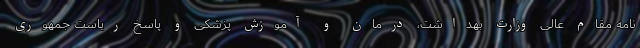
نامه مقام عالی وزارت بهداشت، درمان و آموزش پزشکی و پاسخ ریاست جمهوری